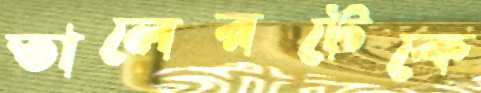
তালেরটেকে